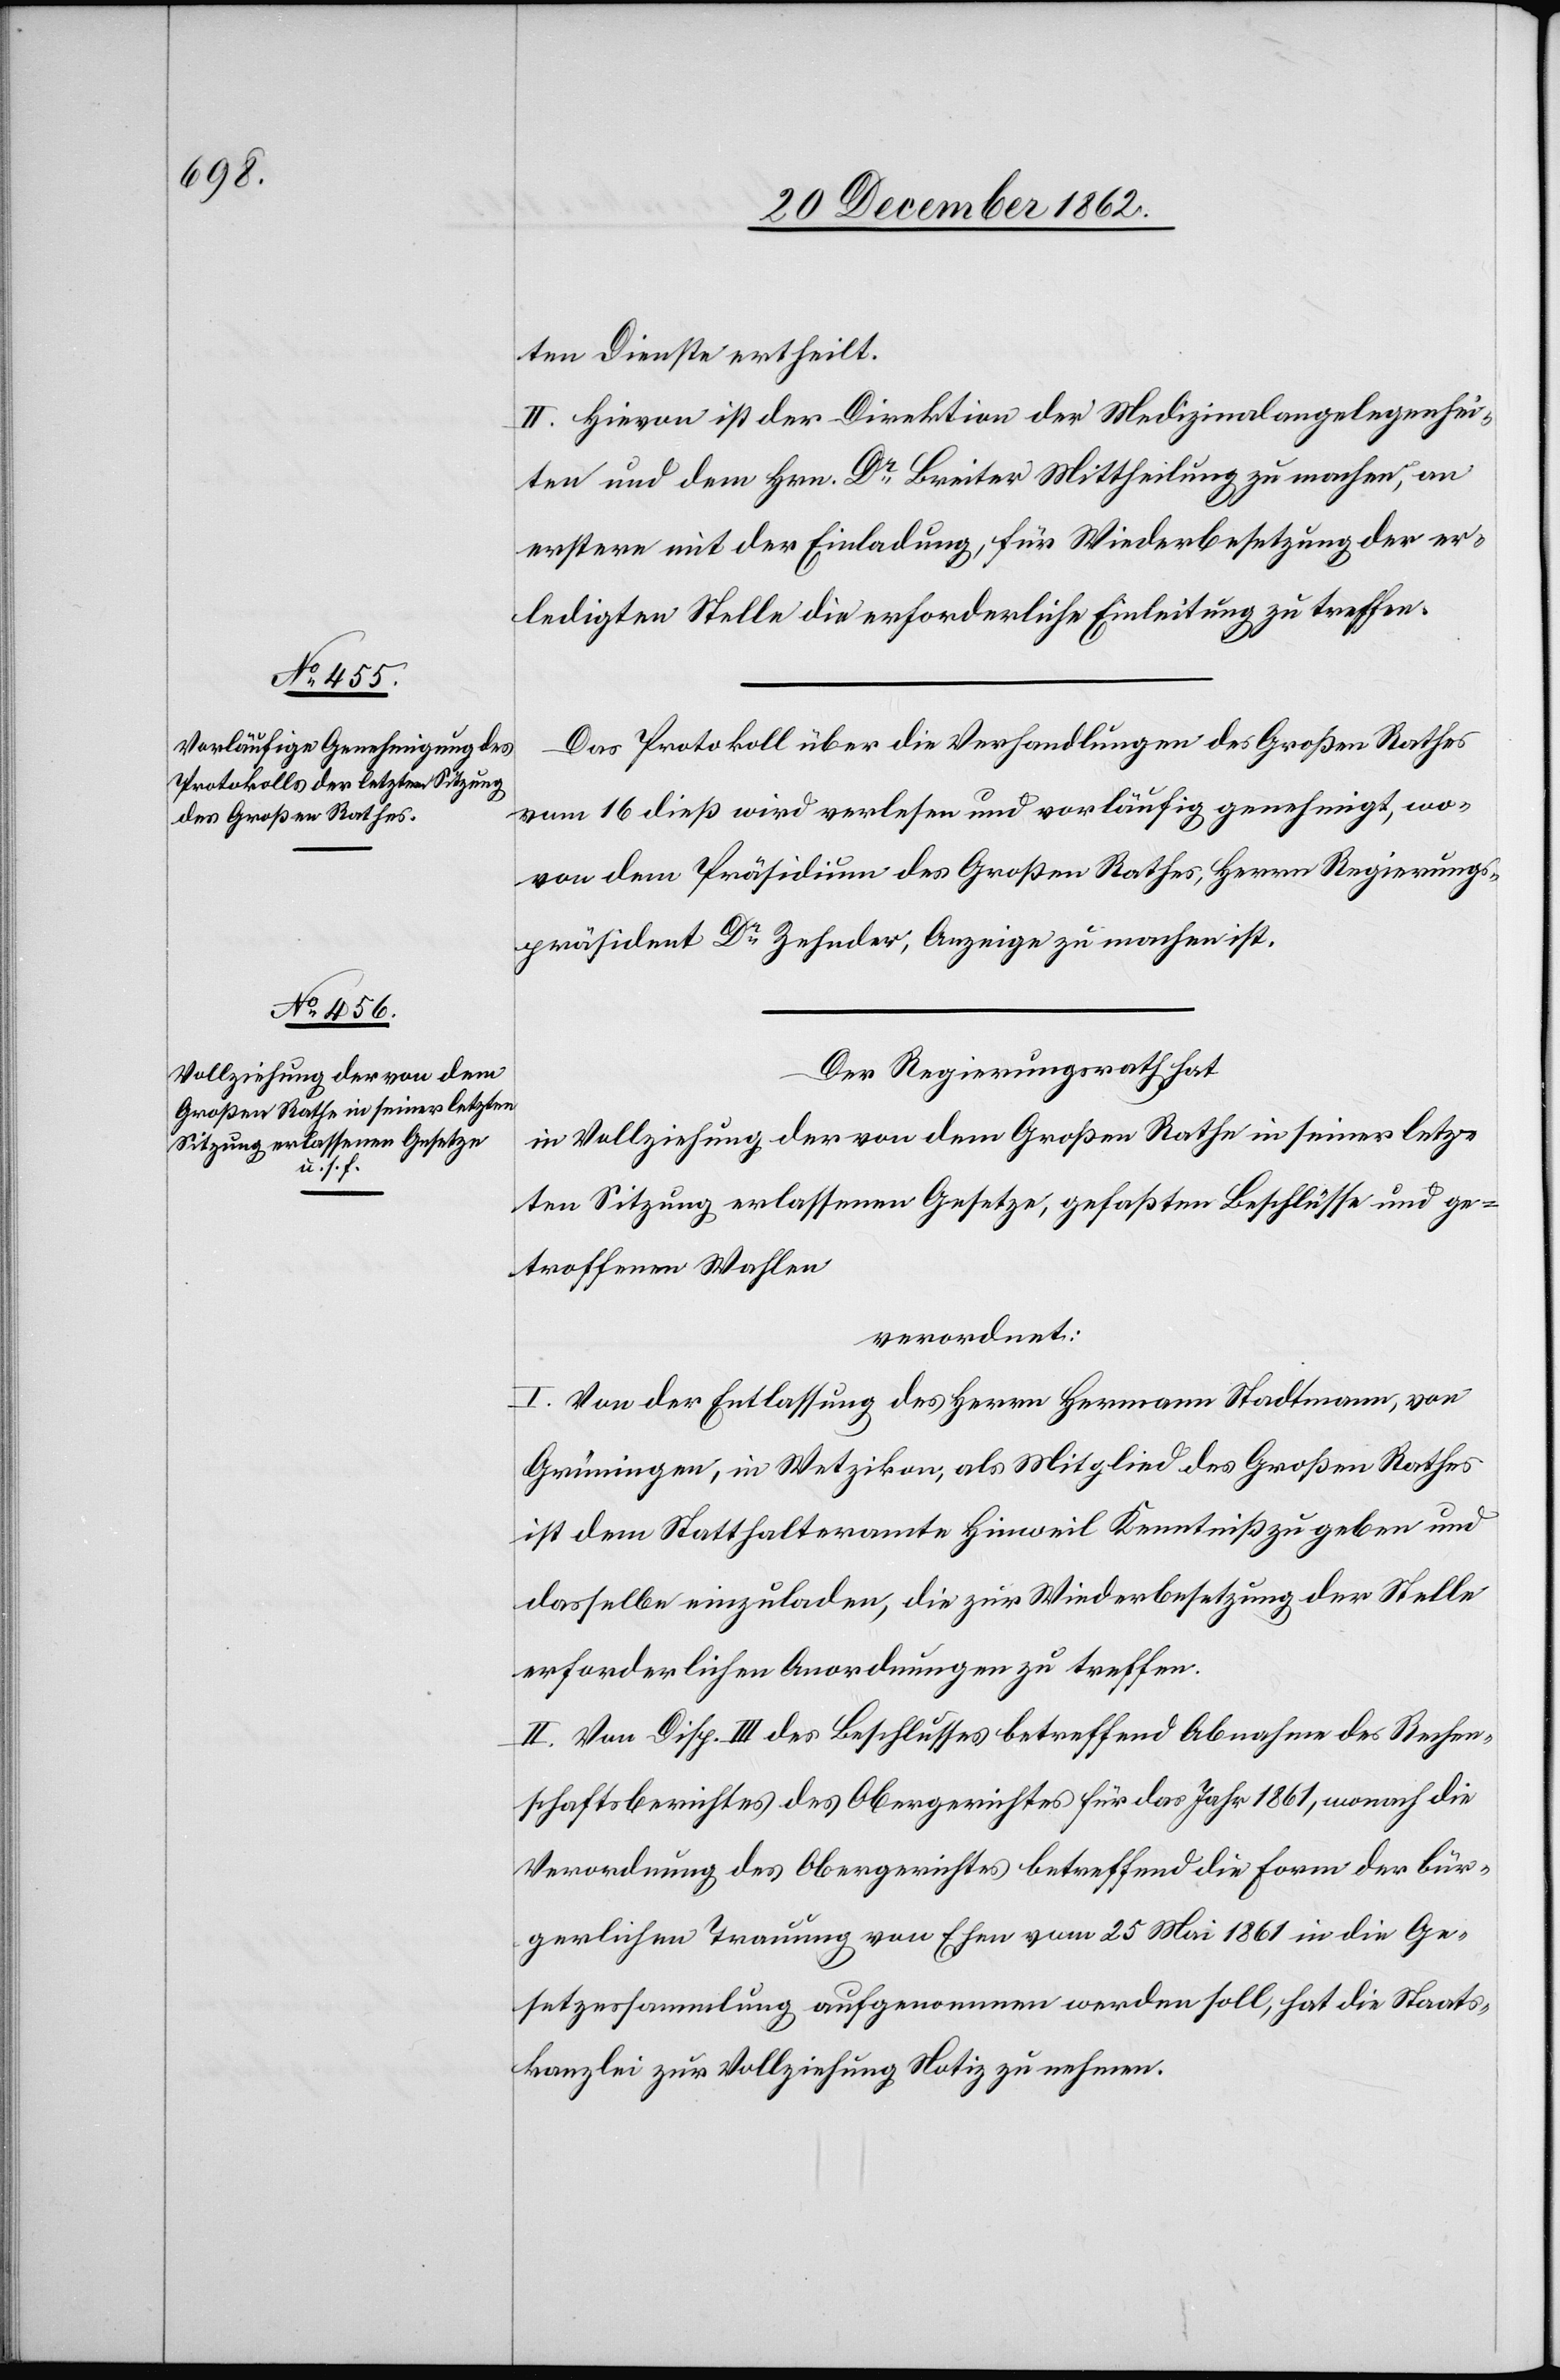
ten Dienste ertheilt.
II. Hievon ist der Direktion der Medizinalangelegenhei¬
ten und dem Hrn. Dr Breiter Mittheilung zu machen, an
erstere mit der Einladung, für Wiederbesetzung der er¬
ledigten Stelle die erforderliche Einleitung zu treffen.
Das Protokoll über die Verhandlungen des Großen Rathes
vom 16. dieß wird verlesen und vorläufig genehmigt, wo¬
von dem Präsidium des Großen Rathes, Herrn Regierungs¬
präsident Dr Zehnder, Anzeige zu machen ist.
Der Regierungsrath hat
in Vollziehung der von dem Großen Rathe in seiner letz¬
ten Sitzung erlassenen Gesetze, gefaßten Beschlüsse und ge¬
troffenen Wahlen
verordnet:
I. Von der Entlassung des Herrn Hermann Stadtmann, von
Grüningen, in Wetzikon, als Mitglied des Großen Rathes
ist dem Statthalteramte Hinweil Kenntniß zu geben und
dasselbe einzuladen, die zur Wiederbesetzung der Stelle
erforderlichen Anordnungen zu treffen.
II. Von Disp. III des Beschlusses betreffend Abnahme des Rechen¬
schaftsberichtes des Obergerichtes für das Jahr 1861, wonach die
Verordnung des Obergerichtes betreffend die Form der bür¬
gerlichen Trauung von Ehen vom 25. Mai 1861 in die Ge¬
setzessammlung aufgenommen werden soll, hat die Staats¬
kanzlei zur Vollziehung Notiz zu nehmen.